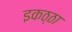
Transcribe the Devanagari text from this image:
इकठ्‌ठा